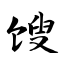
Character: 馊